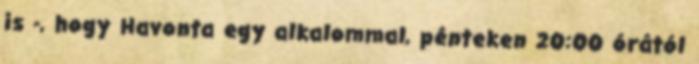
is -, hogy Havonta egy alkalommal, pénteken 20:00 órától